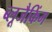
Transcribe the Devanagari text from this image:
ब्लूजैकिंग